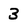
Character: 3